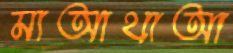
মাআথাআ